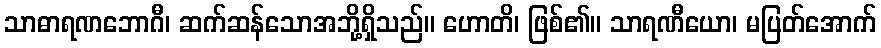
သာဓာရဏဘောဂီ၊ ဆက်ဆန်သောအဘို့ရှိသည်။ ဟောတိ၊ ဖြစ်၏။ သာရဏီယော၊ မပြတ်အောက်